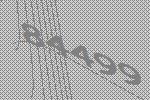
84499